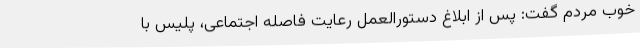
خوب مردم گفت: پس از ابلاغ دستورالعمل رعایت فاصله اجتماعی، پلیس با